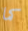
كما